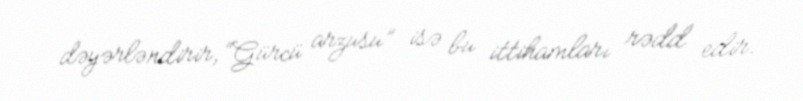
dəyərləndirir, “Gürcü arzusu” isə bu ittihamları rədd edir.